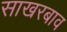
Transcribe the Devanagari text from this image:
साखरबाव